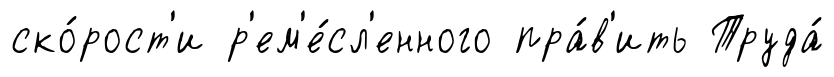
ско́рост'и р'ем'е́сл'енного пра́в'ить Труда́